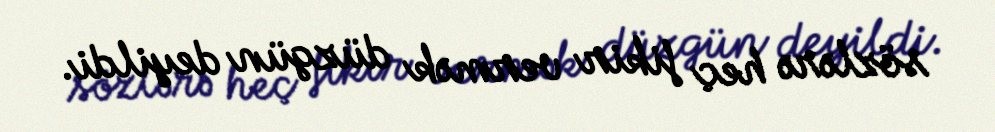
sözlərə heç fikir vermək düzgün deyildi.